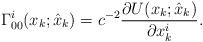
LaTeX: \begin{align*}\Gamma_{00}^{i}(x_{k};\hat{x}_{k} ) = c^{- 2}\frac{\partial U(x_{k};\hat{x}_{k} )}{\partial x_{k}^{i}}.\end{align*}